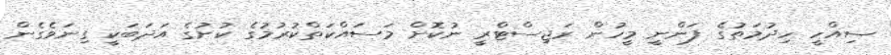
ސިއްހީ ހިދުމަތުގެ ފަންނީ މީހުން ރަޖިސްޓްރީ ނުކޮށް މަސައްކަތްކުރުމުގެ ކުށުގެ އަދަބަކީ ގިނަވެގެން